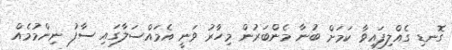
ގޮނޑި ގެއްލިފައިވާ ކަމަށް ބުނާ މެންބަރުން މިހާރު ވަނީ އެމައްސަލާގައި ސާފު ނިންމުމެއް